Tezpur Lunatic Asylum reports 1877-1894 - 1877-1894
Year: 1877
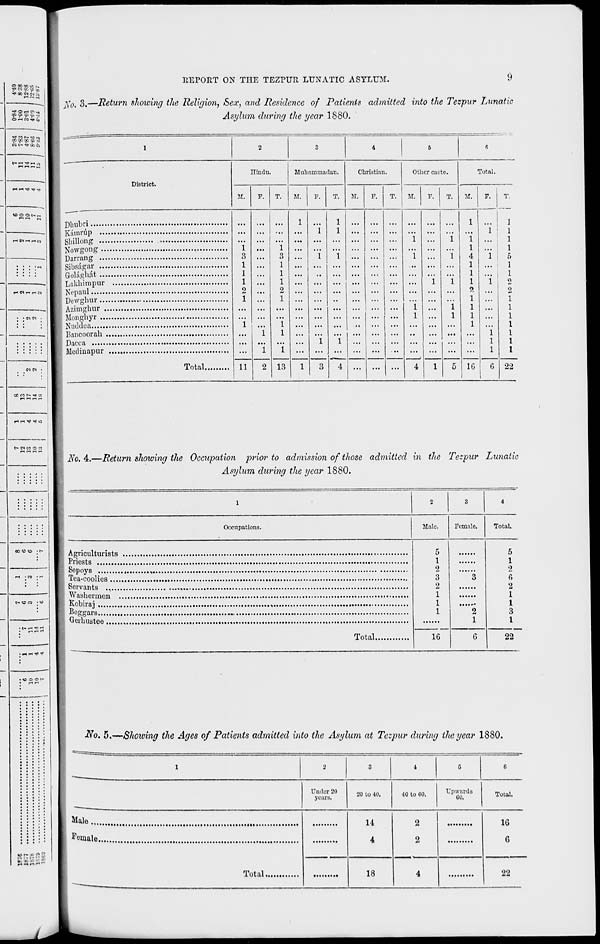
C 00 cc \r t„
? « cr. £ S
OH cb^j< 4
REPORT ON THE TEZPUR LUNATIC ASYLUM.
No. 3.—Return showing the Religion, Sex, and Residence of Patients admitted into the Tezpur Lunatic
Asylum during the year 1S80.
* co r- no -~
) cc co » '•?
Dhubri
Kamrup ...
Bhillong ...
Nowgong ..
Darrang ...
Sibsiigar ...
Golagbit ...
Lakh iivi pur
Nepaul
Dcwghur ...
Azimghur .
Mongbyr ...
Nuddea
Bancoorah .
Dacca
Medinapur
District.
Hindu.
M.
F.
T.
Muhaminadan.
M.
F.
Christian.
M.
Total
11
Other caste.
M.
F.
1
1
...
...
...
...
1
1 ... ... ...
...
...
...
...
...
...
...
1 ...
1
3 ,,,
3
1
1
1
1
1
1
1
1
,,,
2
2
1 ...
1 ... ... ..
...
...
...
...
...
...
...
...
...
...
...
...
...
...
"{
...
...
...
...
...
...
1 ...
...
...
...
n
...
...
...
1
1 ... ... ... ... ... ...
...
...
...
1
1 ...
...
...
1
1 ... ... ... ... ... ...
11
2 13
1
3
4 ... ... ...
Total,
M.
1
1
4
1
1
1
9,
1
1
1
1
1G
1
1
1
1
5
1
1
<>
2
1
1
1
1
1
1
1
6 22
t- C» CO O CO
No. 4.—Return showing the Occupation prior to admission of those admitted in the Tezpur Lunatic
Asylum during the year 1880.
1
2
3
4
Occupations.
Male.
Female.
Total.
5
1
2
3
2
1
1
1
3
2
1
5
1
2
6
2
1
1
3
1
Total
1G
6
22
No. 5.—Showing the Ages of Patients admitted into the Asylum at Tezpur during the year 1880.
1
2
3
4
5
c
Under 20
yearBi
20 to 40.
40 to CO.
Upwards
eo.
Total.
Male ....
14
4
2
2
16
G
Female
Total
18
4
22
•^
..,